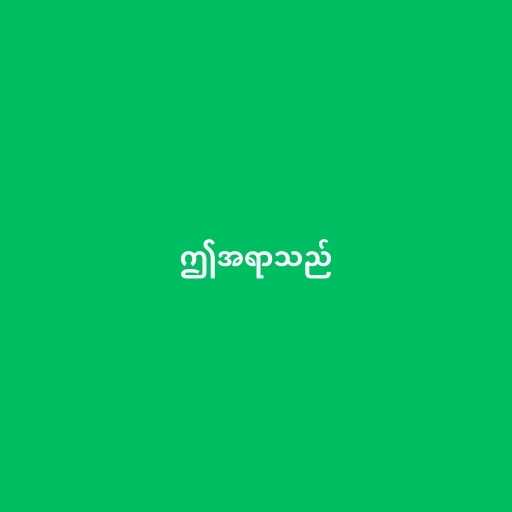
ဤအရာသည်